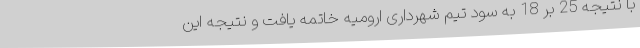
با نتیجه 25 بر 18 به سود تیم شهرداری ارومیه خاتمه یافت و نتیجه این